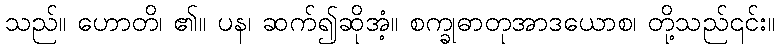
သည်။ ဟောတိ၊ ၏။ ပန၊ ဆက်၍ဆိုအံ့။ စက္ခုဓာတုအာဒယောစ၊ တို့သည်၎င်း။